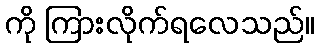
ကို ကြားလိုက်ရလေသည်။